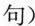
句)